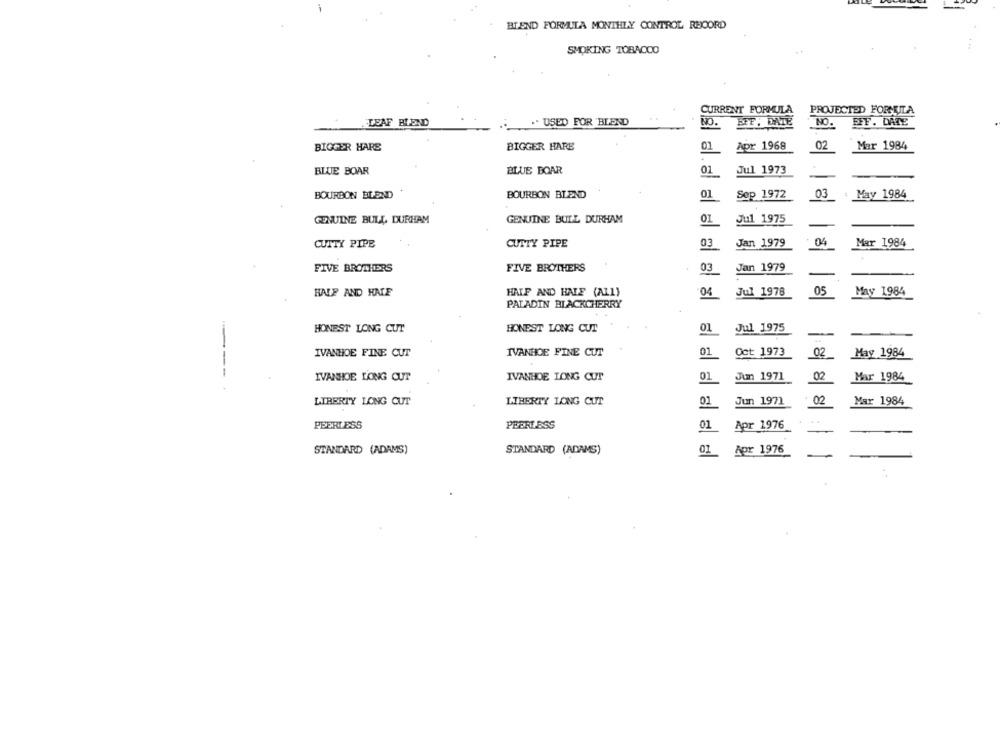
BLEND FORMULA MONTHLY CONTROL RECORD
SMOKING TOBACCO
CURRENT FORMULA
PROJECTED FORMUITA
EFF. DATE
LEAF BLEND
.. .. USED FOR BLEND
NO.
EFF: DATE
NO.
BIGGER HARE
BIGGER HARE
01
Apr 1968
02
Mar 1984
BLUE BOAR
BLUE BOAR
01
Jul 1973
BOURBON BLEND
BOURBON BLEND
01
Sep 1972
03
May 1984
01
GENUINE BULL DURHAM
GENUINE BULL DURHAM
Jul 1975
CUTTY PIPE
CUTTY PIPE
03
Jan 1979
04
Mar 1984
FIVE BROTHERS
FIVE BROTHERS
03
Jan 1979
HALF AND HATE
HALF AND HALF (ALL)
04
Jul 1978
05
May 1984
PALADIN BLACKCHERRY
HONEST LONG CUT
HONEST LONG CUT
01
Jul 1975
IVANHOE FINE CUT
01
Oct 1973
IVANHOE FINE CUT
02
May 1984
01
Mar 1984
IVANHOE LONG CUT
IVANHOE LONG CUT
Jun 1971
02
LIBERTY LONG CUT
LIBERTY LONG CUT
01
Jun 1971
02
Mar 1984
PEERLESS
PEERLESS
01
Apr 1976
STANDARD (ADAMS)
STANDARD (ADAMS)
01
Apr 1976